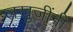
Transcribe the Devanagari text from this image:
लखुजींनी